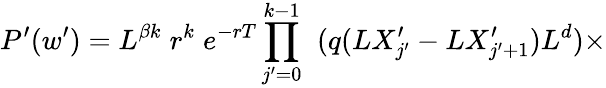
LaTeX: P^{\prime}(w^{\prime})=L^{\beta k}\; r^{k}\; e^{-rT}\prod_{j^{\prime}=0}^{k-1}\; \; (q(LX_{j^{\prime}}^{\prime}-LX_{j^{\prime}+1}^{\prime})L^{d})\times